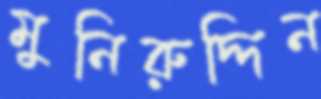
মুনিরুদ্দিন